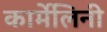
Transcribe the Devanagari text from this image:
कार्मेलिनी